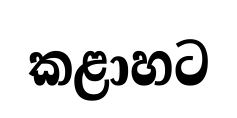
කළාහට